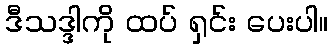
ဒီသဒ္ဒါကို ထပ် ရှင်း ပေးပါ။